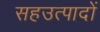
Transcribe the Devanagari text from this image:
सहउत्पादों